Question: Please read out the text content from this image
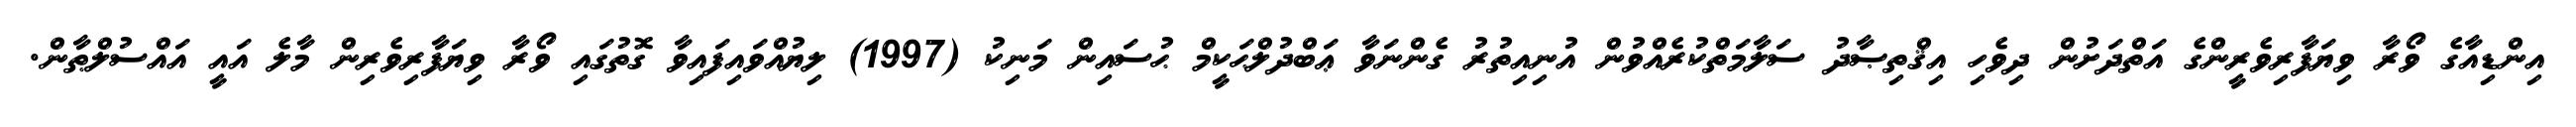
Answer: އިންޑިއާގެ ވޯރާ ވިޔަފާރިވެރީންގެ އަތްދަށުން ދިވެހި އިޤްތިޞާދު ސަލާމަތްކުރެއްވުން އުނިއިތުރު ގެންނަވާ ޢަބްދުލްޙަކީމް ޙުސައިން މަނިކު (1997) ލިޔުއްވައިފައިވާ ގޮތުގައި ވޯރާ ވިޔަފާރިވެރިން މާލެ އައީ އައްސުލްޠާން.